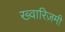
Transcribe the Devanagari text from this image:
ख्वारिज़मी